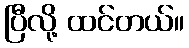
ပြီလို့ ထင်တယ်။